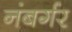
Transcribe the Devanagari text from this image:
नंबर्गर